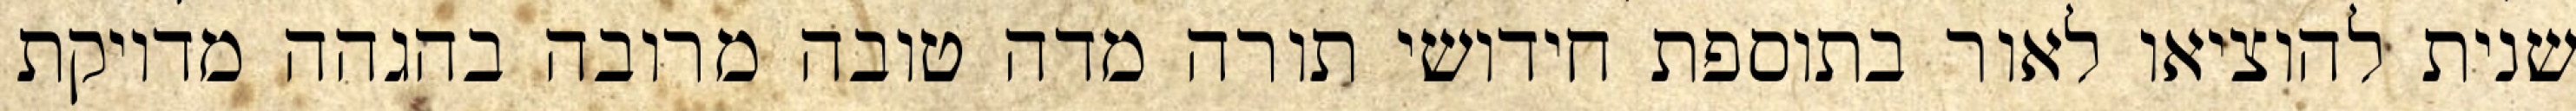
שנית להוציאו לאור בתוספת חידושי תורה מדה טובה מרובה בהגהה מדויקת